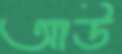
আউ